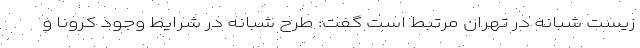
زیست شبانه در تهران مرتبط است گفت: طرح شبانه در شرایط وجود کرونا و